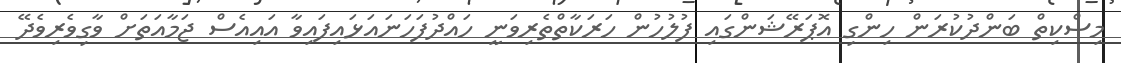
މިސްކިތް ބަންދުކުރަން ހިންގި އޮޕަރޭޝަންގައި ފުލުހުން ހަރަކާތްތެރިވަނީ ހައްދުފަހަނައަޅައިފައިވާ އައިއެސް ޖަމާއަތަށް ވާގިވެރިވެދޭ